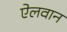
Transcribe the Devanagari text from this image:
ऐलवान